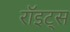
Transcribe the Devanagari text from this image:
रॉइट्स